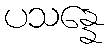
ပသန္နေ